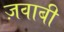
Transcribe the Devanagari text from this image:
ज़वाबी